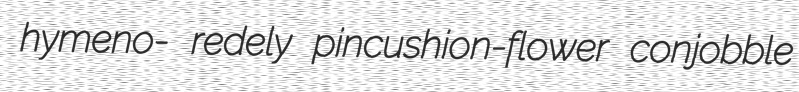
hymeno- redely pincushion-flower conjobble